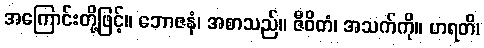
အကြောင်းတို့ဖြင့်။ ဘောဇနံ၊ အစာသည်။ ဇီဝိတံ၊ အသက်ကို။ ဟရတိ၊